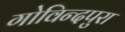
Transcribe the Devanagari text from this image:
गोविन्दपुरा